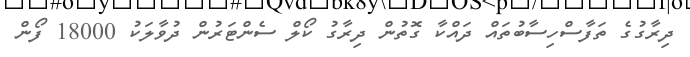
ދިރާގުގެ ތަފާސްހިސާބުތައް ދައްކާ ގޮތުން ދިރާގު ކޯލް ސެންޓަރުން ދުވާލަކު 18000 ފޯން